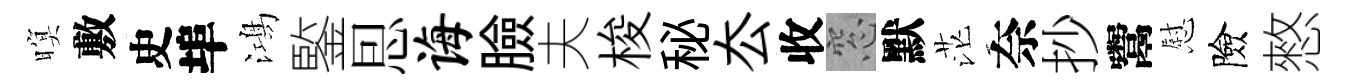
暝敷史埠鴻鍳㤙诲臉夫梭秘厺收窓默茫奈抄鬻慰險憗